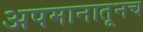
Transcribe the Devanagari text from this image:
अपमानातूनच